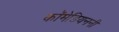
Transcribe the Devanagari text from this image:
कॉमेडियननी